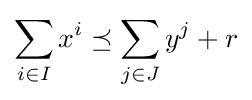
\sum _{i\in I}x^{i}\preceq \sum _{j\in J}y^{j}+r